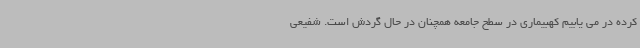
کرده در می یابیم کهبیماری در سطح جامعه همچنان در حال گردش است. شفیعی